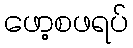
ဖော့စဖရပ်